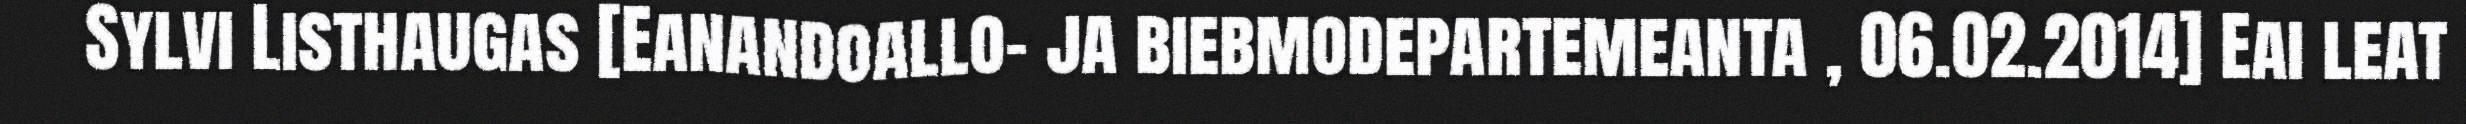
Sylvi Listhaugas [Eanandoallo- ja biebmodepartemeanta , 06.02.2014] Eai leat